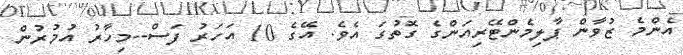
އެންމެ ޒުވާން ޕާލިމެންޓޭރިއަންގެ ގޮތުގަ އެވެ. އޭގެ 10 އަހަރު ފަސް--މިހާރު އުމުރުން